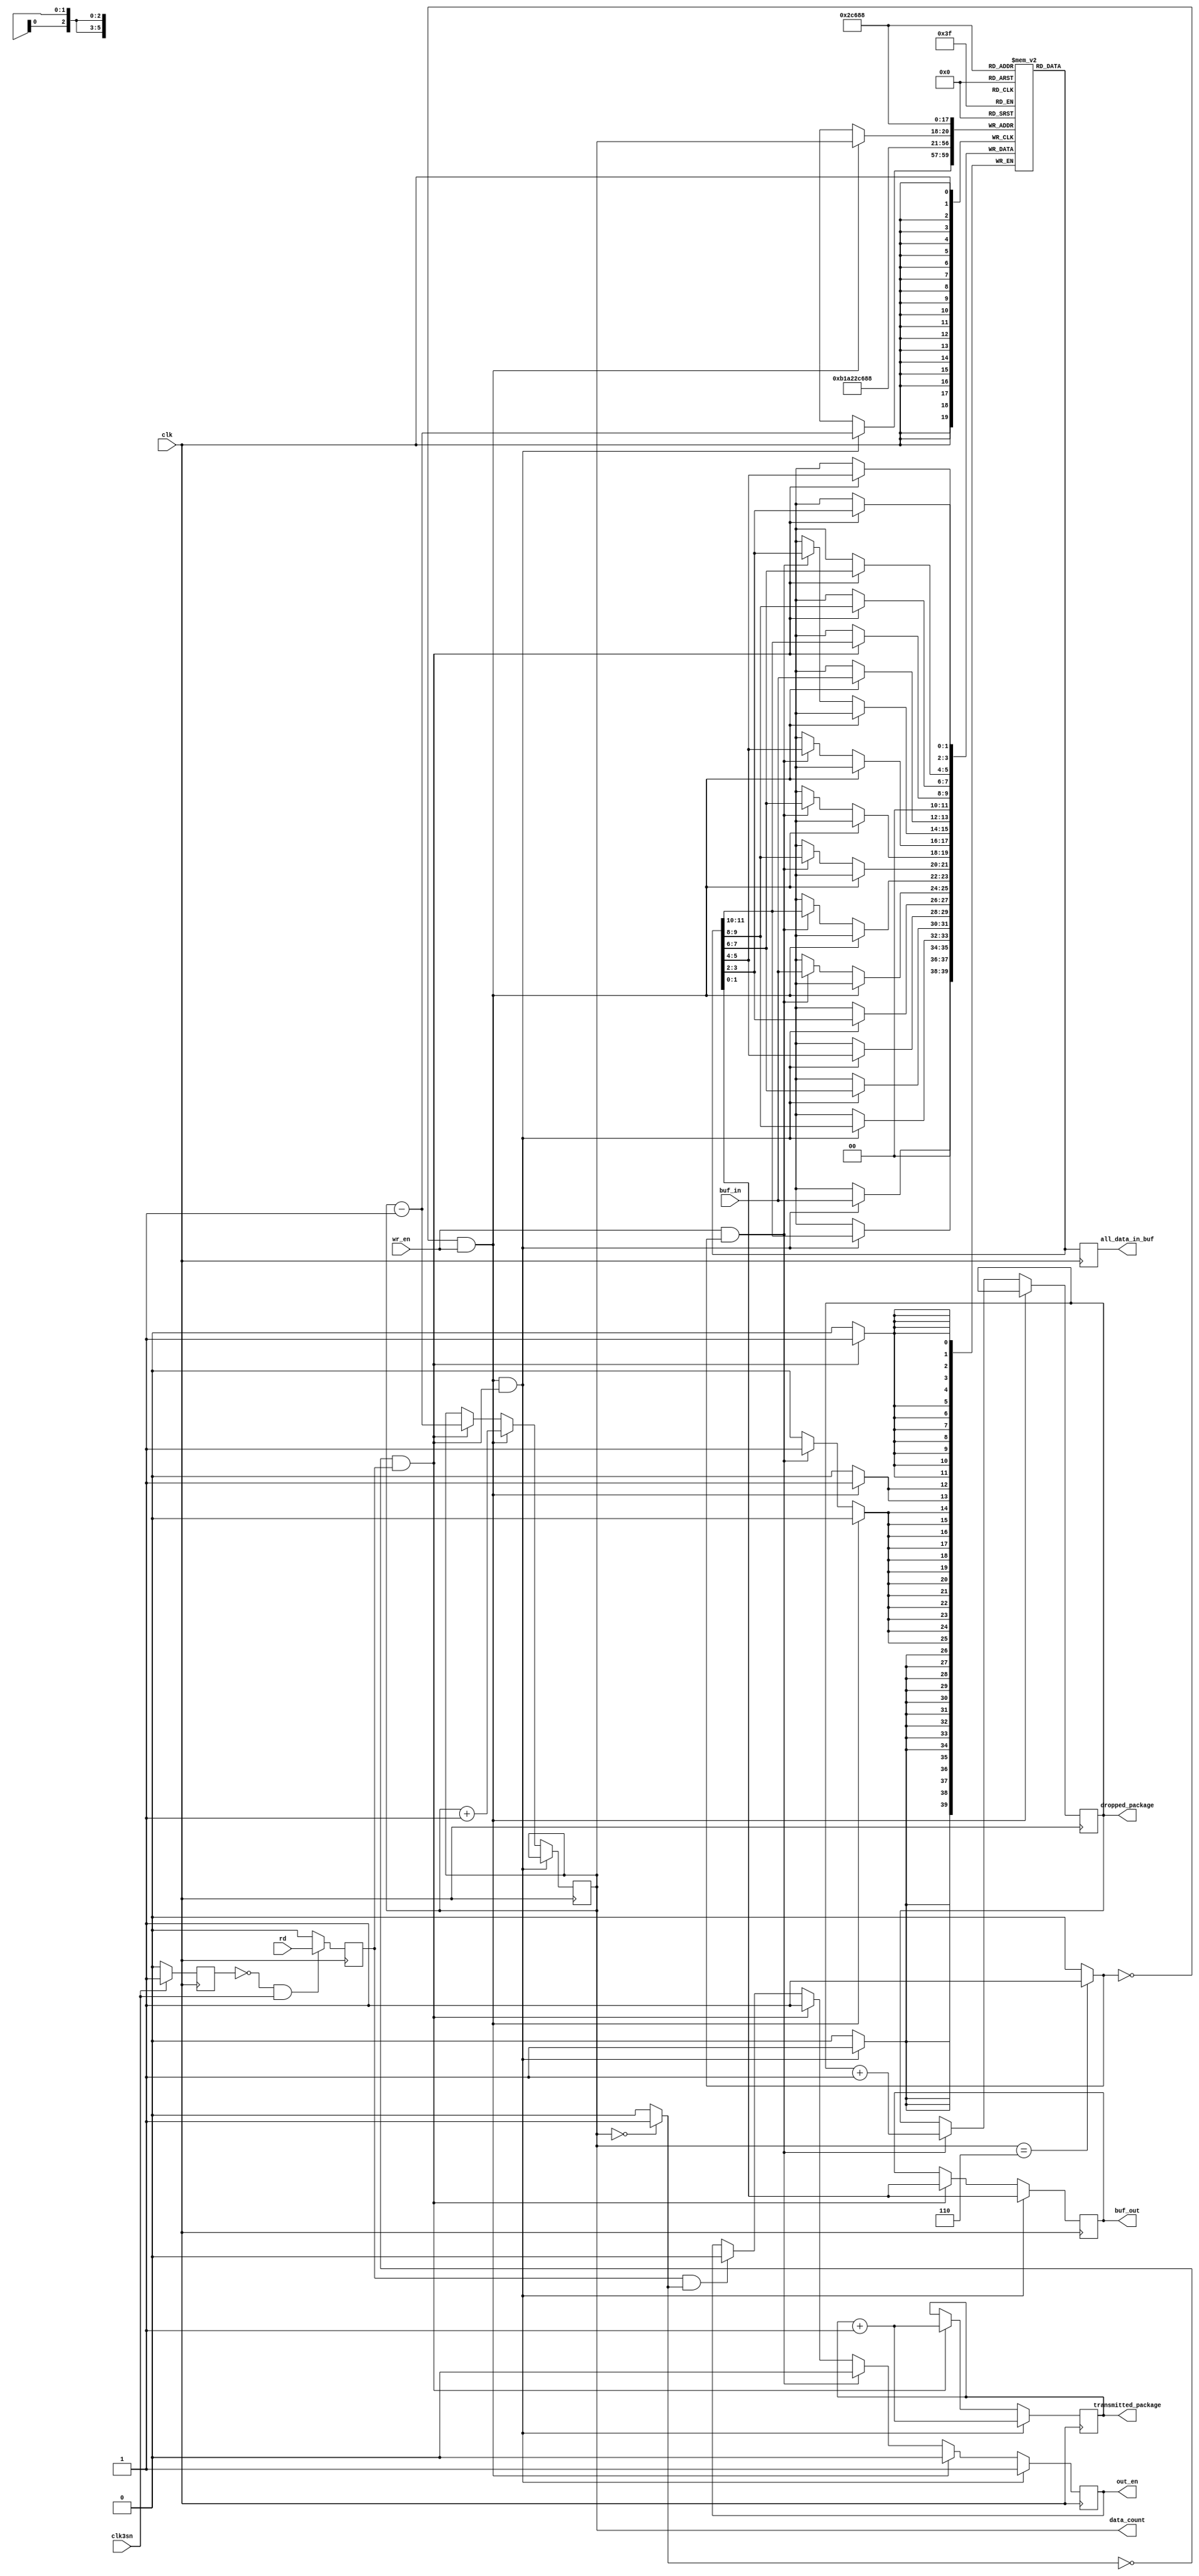
module buffer (input clk, //clock, read enable, write enable and reset values comes from main
					input clk3sn,
					input rd,
					input wr_en,
					input [1:0] buf_in, // data in if write enable
					output reg [1:0] buf_out, //data out if read enable 
					output reg [6:0] dropped_package,
					output reg [6:0] transmitted_package,
					output reg [2:0] data_count, // how many data inside
					output reg [11:0] all_data_in_buf,
					output reg out_en);

reg [1:0] buf_memory [0:5];
reg prevclk;
reg rd_en;
reg buf_empty;
reg buf_full;
reg error;

initial begin
	buf_memory [0] <= {2'b00};
	buf_memory [1] <= {2'b00};
	buf_memory [2] <= {2'b00};
	buf_memory [3] <= {2'b00};
	buf_memory [4] <= {2'b00};
	buf_memory [5] <= {2'b00};
	data_count <= 3'b0;
	error <= 1'b0;
	buf_empty <= 1'b1;
	buf_full <= 1'b0;
	dropped_package <= 7'b0;
	transmitted_package <= 7'b0;
	
end

always @(data_count) begin // checking the buffer is empty or full in every change of data_count
	buf_empty <= (data_count == 3'b000)? 1'b1:1'b0; //if data count is 0 then buffer empty is 1
	buf_full <= (data_count == 3'b110)? 1'b1:1'b0; //if data count is 6 then buffer full is 1
end

always @(posedge clk) begin
		// to find the positive edge of 3sn clock which will be used for reading the data from the buffer
		if (clk3sn == 1) prevclk <= 1;
		else if (clk3sn == 0) prevclk <= 0;
		
		if (prevclk == 0 && clk3sn == 1)	rd_en <= rd; // pos edge of 3sn clock rd_en is given as rd 
		else rd_en <= 1'b0;  // otherwise it is 0 
		
		if((~buf_full && wr_en) && (~buf_empty && rd_en)) //write read at the same time
			data_count <= data_count;
		else if( ~buf_full && wr_en ) // write
			data_count <= data_count + 3'b001;
		else if( ~buf_empty && rd_en ) //read
			data_count <= data_count - 3'b001;
		else
			data_count <= data_count;
		

		if(rd_en && ~buf_empty) begin
			buf_out <= buf_memory [0];	
			buf_memory [0] <= buf_memory [1];
			buf_memory [1] <= buf_memory [2];
			buf_memory [2] <= buf_memory [3];
			buf_memory [3] <= buf_memory [4];
			buf_memory [4] <= buf_memory [5];
			buf_memory [5] <= {2'b00};
			out_en <= 1'b1;
			transmitted_package <= transmitted_package + 7'b0000001;
			error = 1'b0;
		end
		else if(rd_en && buf_empty) begin
			error = 1'b1; // error is given because we are trying to read from empty buffer
			out_en <= 1'b0;
		end
		
		if (wr_en && ~buf_full) begin
			buf_memory [data_count] <= buf_in; //if buffer not full data is put into the last slot of the memory
			out_en <= 1'b0;
		end
		else if(wr_en && buf_full) begin // we need to drop package from full buffer to put the input
			buf_memory [0] <= buf_memory [1];
			buf_memory [1] <= buf_memory [2];
			buf_memory [2] <= buf_memory [3];
			buf_memory [3] <= buf_memory [4];
			buf_memory [4] <= buf_memory [5];
			buf_memory [5] <= {buf_in};
			out_en <= 1'b0;
			dropped_package <= dropped_package + 7'b0000001;
		end
		
		if((~buf_full && wr_en) && (~buf_empty && rd_en)) // write and read at the same time
		begin
			buf_out <= buf_memory [0];
			buf_memory [0] <= buf_memory [1];
			buf_memory [1] <= buf_memory [2];
			buf_memory [2] <= buf_memory [3];
			buf_memory [3] <= buf_memory [4];
			buf_memory [4] <= buf_memory [5];
			buf_memory [5] <= {2'b00} ;
			buf_memory [data_count-1] <= buf_in;
			out_en <= 1'b1;
			transmitted_package <= transmitted_package + 7'b0000001;
		end
		
		all_data_in_buf[11:10] <= buf_memory[5];
		all_data_in_buf[9:8] <= buf_memory[4];
		all_data_in_buf[7:6] <= buf_memory[3];
		all_data_in_buf[5:4] <= buf_memory[2];
		all_data_in_buf[3:2] <= buf_memory[1];
		all_data_in_buf[1:0] <= buf_memory[0];
		
end
endmodule